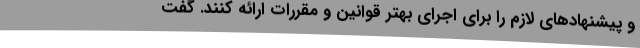
و پیشنهادهای لازم را برای اجرای بهتر قوانین و مقررات ارائه کنند. گفت